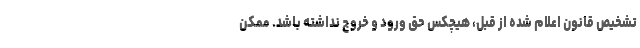
تشخیص قانونِ اعلام شده از قبل، هیچکس حق ورود و خروج نداشته باشد. ممکن